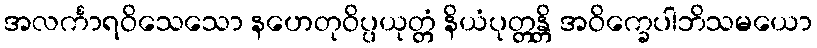
အလင်္ကာရဝိသေသော နဟေတုဝိပ္ပယုတ္တံ နိယံပုတ္တန္တိ အဝိက္ခေပါဘိသမယော